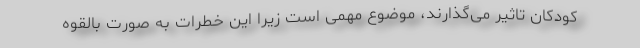
کودکان تاثیر می‌گذارند، موضوع مهمی است زیرا این خطرات به صورت بالقوه